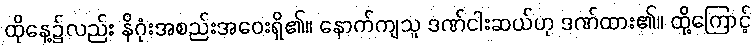
ထိုနေ့၌လည်း နိဂုံးအစည်းအဝေးရှိ၏။ နောက်ကျသူ ဒဏ်ငါးဆယ်ဟု ဒဏ်ထား၏။ ထို့ကြောင့်